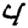
Digit: 4